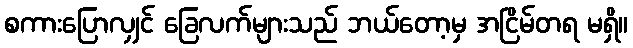
စကားပြောလျှင် ခြေလက်များသည် ဘယ်တော့မှ အငြိမ်တရ မရှိ။